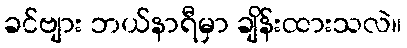
ခင်ဗျား ဘယ်နာရီမှာ ချိန်းထားသလဲ။